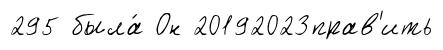
295 была́ Он 20192023прав'ить